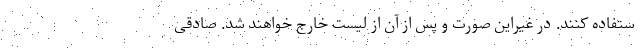
ستفاده کنند. در غیراین صورت و پس از آن از لیست خارج خواهند شد. صادقی